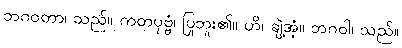
ဘဂဝတာ၊ သည်။ ကတပုဗ္ဗံ၊ ပြုဘူး၏။ ဟိ၊ ချဲ့အံ့။ ဘဂဝါ၊ သည်။